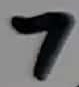
Text: 7